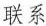
联系